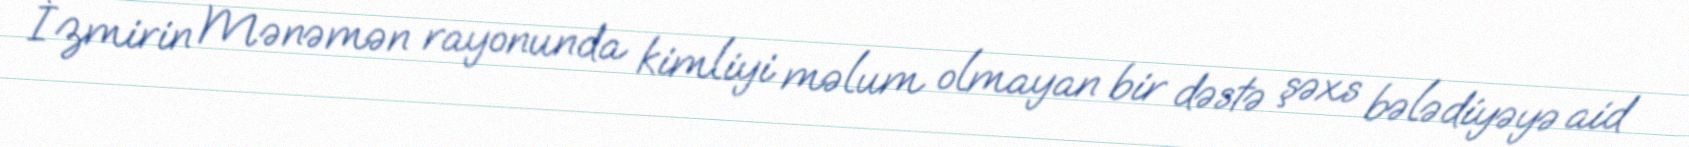
İzmirin Mənəmən rayonunda kimliyi məlum olmayan bir dəstə şəxs bələdiyəyə aid